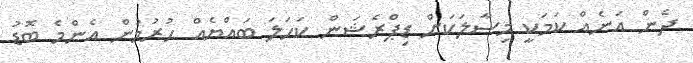
ދެން އަނެއް ކަމަކީ މިސާލަކަށް ޑިޕްރެޝަން ކަހަލަ ބައްޔެއް ހުރުމުން އެންމެ ބޮޑު